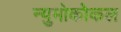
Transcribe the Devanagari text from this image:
न्युमोकोकल